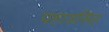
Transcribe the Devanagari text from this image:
पहाडसिह